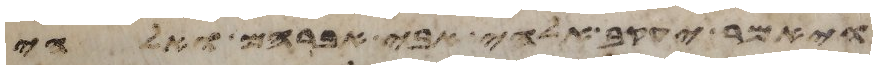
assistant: ויאמר יעקב אלהי אבי אברהם ואלהי